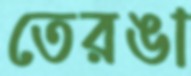
তেরঙা